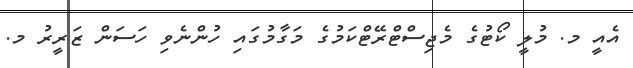
އެއީ މ. މުލީ ކޯޓުގެ މެޖިސްޓްރޭޓްކަމުގެ މަގާމުގައި ހުންނެވި ހަސަން ޒަރީރު މ.